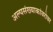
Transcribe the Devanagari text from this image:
अल्पसंख्याकांबरोबर